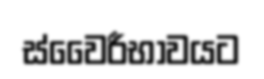
ස්වෛරීභාවයට